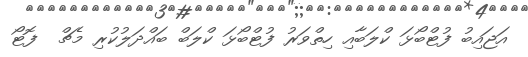
އަޖައިބު ފުޓްބޯޅަ ކްލަބާއި ހިތްވަރު ފުޓްބޯޅަ ކްލަބް ބައްދަލުކުރި މެޗް  ފޮޓޯ